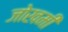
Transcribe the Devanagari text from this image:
जोखमी